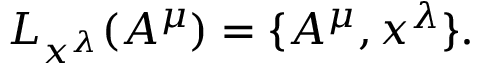
L _ { x ^ { \lambda } } ( A ^ { \mu } ) = \{ A ^ { \mu } , x ^ { \lambda } \} .